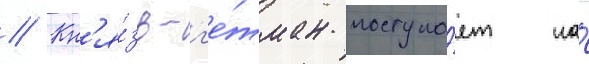
// Кн'я́зь-г'е́тман поступа́ет на́